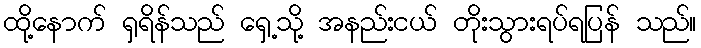
ထို့နောက် ရှရိန်သည် ရှေ့သို့ အနည်းငယ် တိုးသွားရပ်ရပြန် သည်။